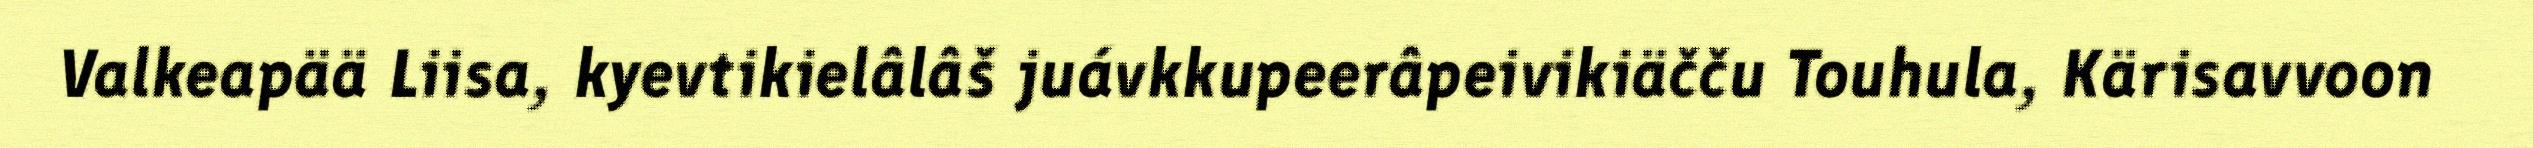
Valkeapää Liisa, kyevtikielâlâš juávkkupeerâpeivikiäčču Touhula, Kärisavvoon